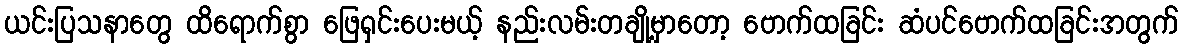
ယင်းပြသနာတွေ ထိရောက်စွာ ဖြေရှင်းပေးမယ့် နည်းလမ်းတချို့မှာတော့ ဗောက်ထခြင်း ဆံပင်ဗောက်ထခြင်းအတွက်